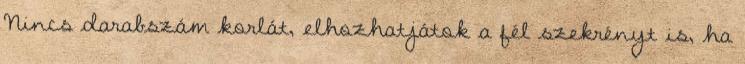
Nincs darabszám korlát, elhozhatjátok a fél szekrényt is, ha